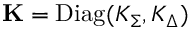
\mathbf { K } = \mathrm { D i a g } ( K _ { \Sigma } , K _ { \Delta } )